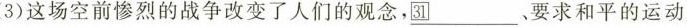
(3)这场空前惨烈的战争改变了人们的观念，31_要求和平的运动